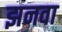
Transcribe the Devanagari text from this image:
झनवा